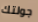
جولتك